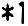
*1